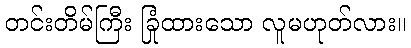
တင်းတိမ်ကြီး ခြုံထားသော လူမဟုတ်လား။